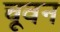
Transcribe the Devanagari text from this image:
चूवन